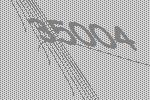
35004